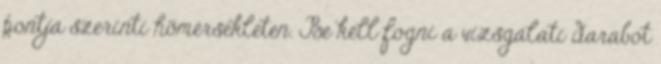
pontja szerinti hõmérsékleten. Be kell fogni a vizsgálati darabot